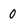
Character: 0